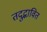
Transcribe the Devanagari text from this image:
तदुद्भावित